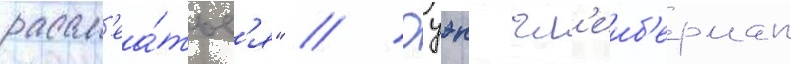
рассм'еа́тьс'я" // Оуэн гл'еиб'ерман